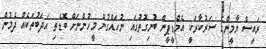
ރައީސް ޔާމީންގެ ސަރުކާރަކީ އެމްޑީޕީން ބުނިގޮތުގައި ނުހައްގުން މީހުންނަށް ބޮޑެތި އަދަބުތަކެއް ދެމުން